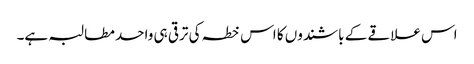
اس علاقے کے باشندوں کا اس خطہ کی ترقی ہی واحد مطالبہ ہے۔